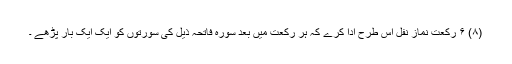
(۸) ۶ رکعت نمازِ نفل اس طرح ادا کرے کہ ہر رکعت میں بعد سورہ فاتحہ ذیل کی سورتوں کو ایک ایک بار پڑھے ۔